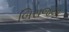
બિરાજયા